Vabadussoja_Ajaloo_Komitee, lk 20
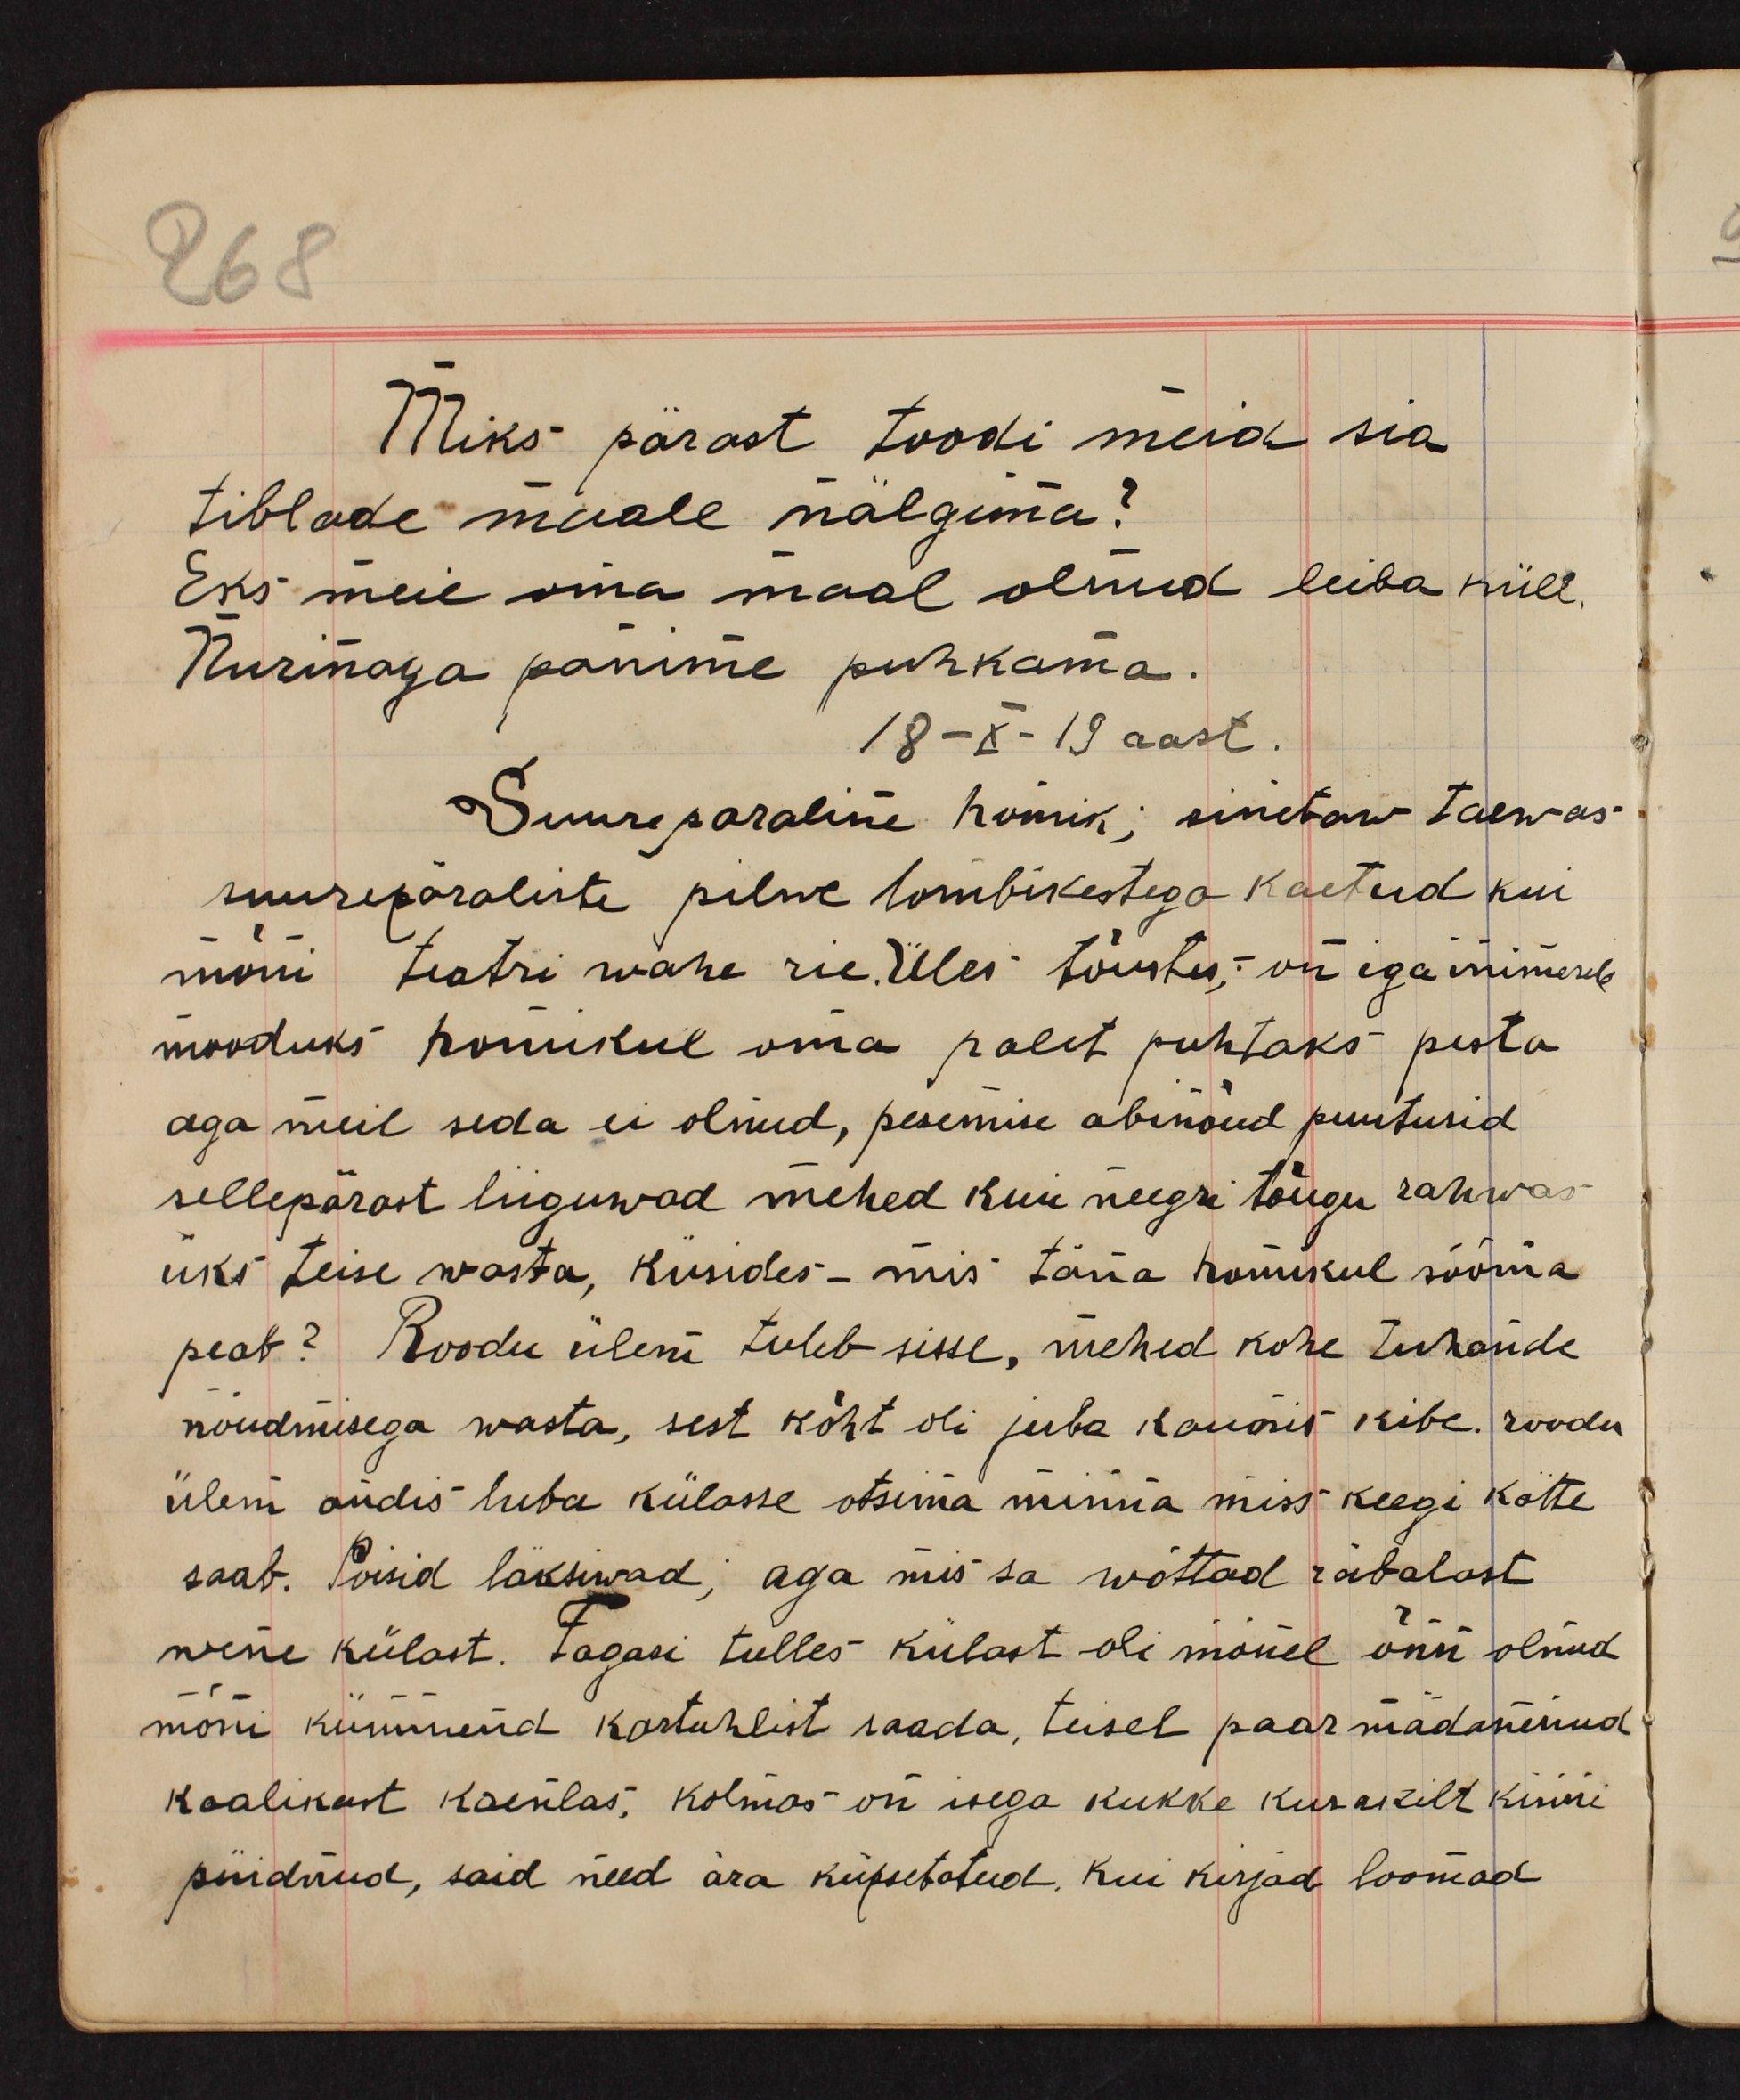
Miks pärast toodi meid sia
tiblade muale nälgima?
Eks meie oma maal olnud leiba küll.
Nurinaga panime puhkama.
18-X-19 aast.
Suureparaline homik; sinetaw taewas
suurepäraliste pilwe tombikestega kaetud kui
mõni teatri wahe riie. Üles tõustes, on iga inimesele
mooduks homikul oma palet puhtaks pesta
aga meil seda ei olnud, pesemise abinõud puutusid
sellepärast liiguwad mehed kui neegri tõugu rahwas
üks teise wasta, küsides mis täna homikul sööma
peab? Roodu ülem tuleb sisse, mehed kohe tuhande
nõudmisega wasta, sest köht oli juba kaunis kibe. roodu
ülem andis luba külasse otsima minna miss keegi kätte
saab. Poisid läksiwad, aga mis sa wõttad räbalast
wene külast. Tagasi tulles külast oli mõnel õnn olnud
mõni kümmend kartuhlist saada, teisel paar mädanenud
kaalikast kaenlas. Kolmas on isega kukke kusakilt kinni
püidnud, said need ära küpsetatud. Kui kirjad loomad